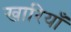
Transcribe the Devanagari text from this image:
खारियाँ